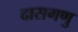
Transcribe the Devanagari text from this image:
दासगणु